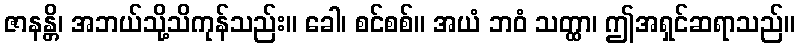
ဇာနန္တိ၊ အဘယ်သို့သိကုန်သည်း။ ခေါ၊ စင်စစ်။ အယံ ဘဝံ သတ္ထာ၊ ဤအရှင်ဆရာသည်။